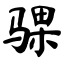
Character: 骒